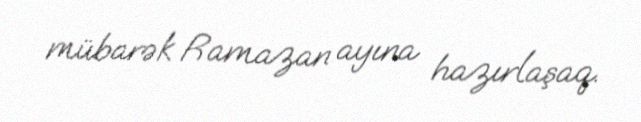
mübarək Ramazan ayına hazırlaşaq.